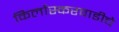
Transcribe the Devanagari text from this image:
किर्लोस्करवाडीचे